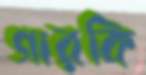
গারকি